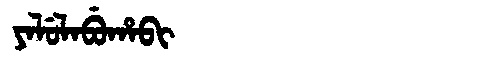
Manchu: ᠶᠠᠯᡠᠯᠠᠪᡠᡥᠠᠪᡳ
Romanization: YALULABUHABI